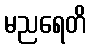
မညရေတိ